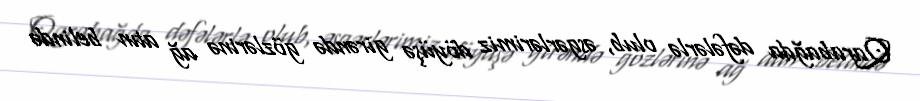
Qarabağda dəfələrlə olub, əsgərlərimiz döyüşə girəndə gözlərinə ağ atın belində